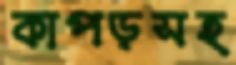
কাপড়সহ